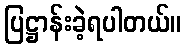
ပြဋ္ဌာန်းခဲ့ရပါတယ်။